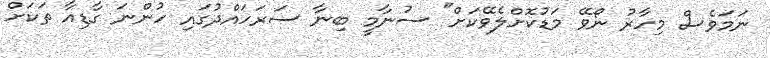
ނަމަވެސް މިހާރު ނޯވޭ މަޑުކޮށްލެވޭކަށް" ސުނާމީ ބިނާ ސަރަހައްދުގައި ހުންނަ ގާޑިއާ ތަކަށް